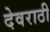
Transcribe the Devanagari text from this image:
देवराठी